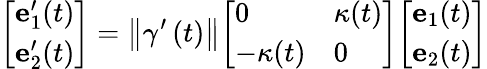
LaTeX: {\left[\begin{array}{l}{\mathbf{e}_{1}^{\prime}(t)}\\ {\mathbf{e}_{2}^{\prime}(t)}\end{array}\right]}=\left\Vert\gamma^{\prime}\left(t\right)\right\Vert{\left[\begin{array}{ll}{0}&{\kappa(t)}\\ {-\kappa(t)}&{0}\end{array}\right]}{\left[\begin{array}{l}{\mathbf{e}_{1}(t)}\\ {\mathbf{e}_{2}(t)}\end{array}\right]}